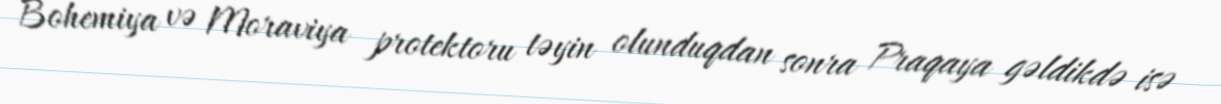
Bohemiya və Moraviya protektoru təyin olunduqdan sonra Praqaya gəldikdə isə